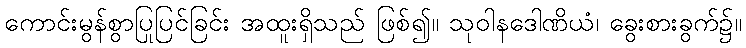
ကောင်းမွန်စွာပြုပြင်ခြင်း အထူးရှိသည် ဖြစ်၍။ သုဝါနဒေါဏိယံ၊ ခွေးစားခွက်၌။